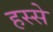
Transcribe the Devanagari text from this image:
हस्से